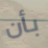
بأن